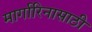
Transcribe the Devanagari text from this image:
मार्गारिनासाठी